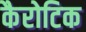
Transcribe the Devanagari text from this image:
कैरोटिक